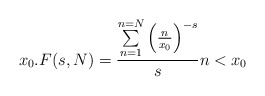
\begin{align*}x_0.F(s,N)=\frac{\underset{n=1}{\overset{n=N}{\sum }}\left(\frac{n}{x_0}\right)^{-s}}{s} n<x_0 \end{align*}